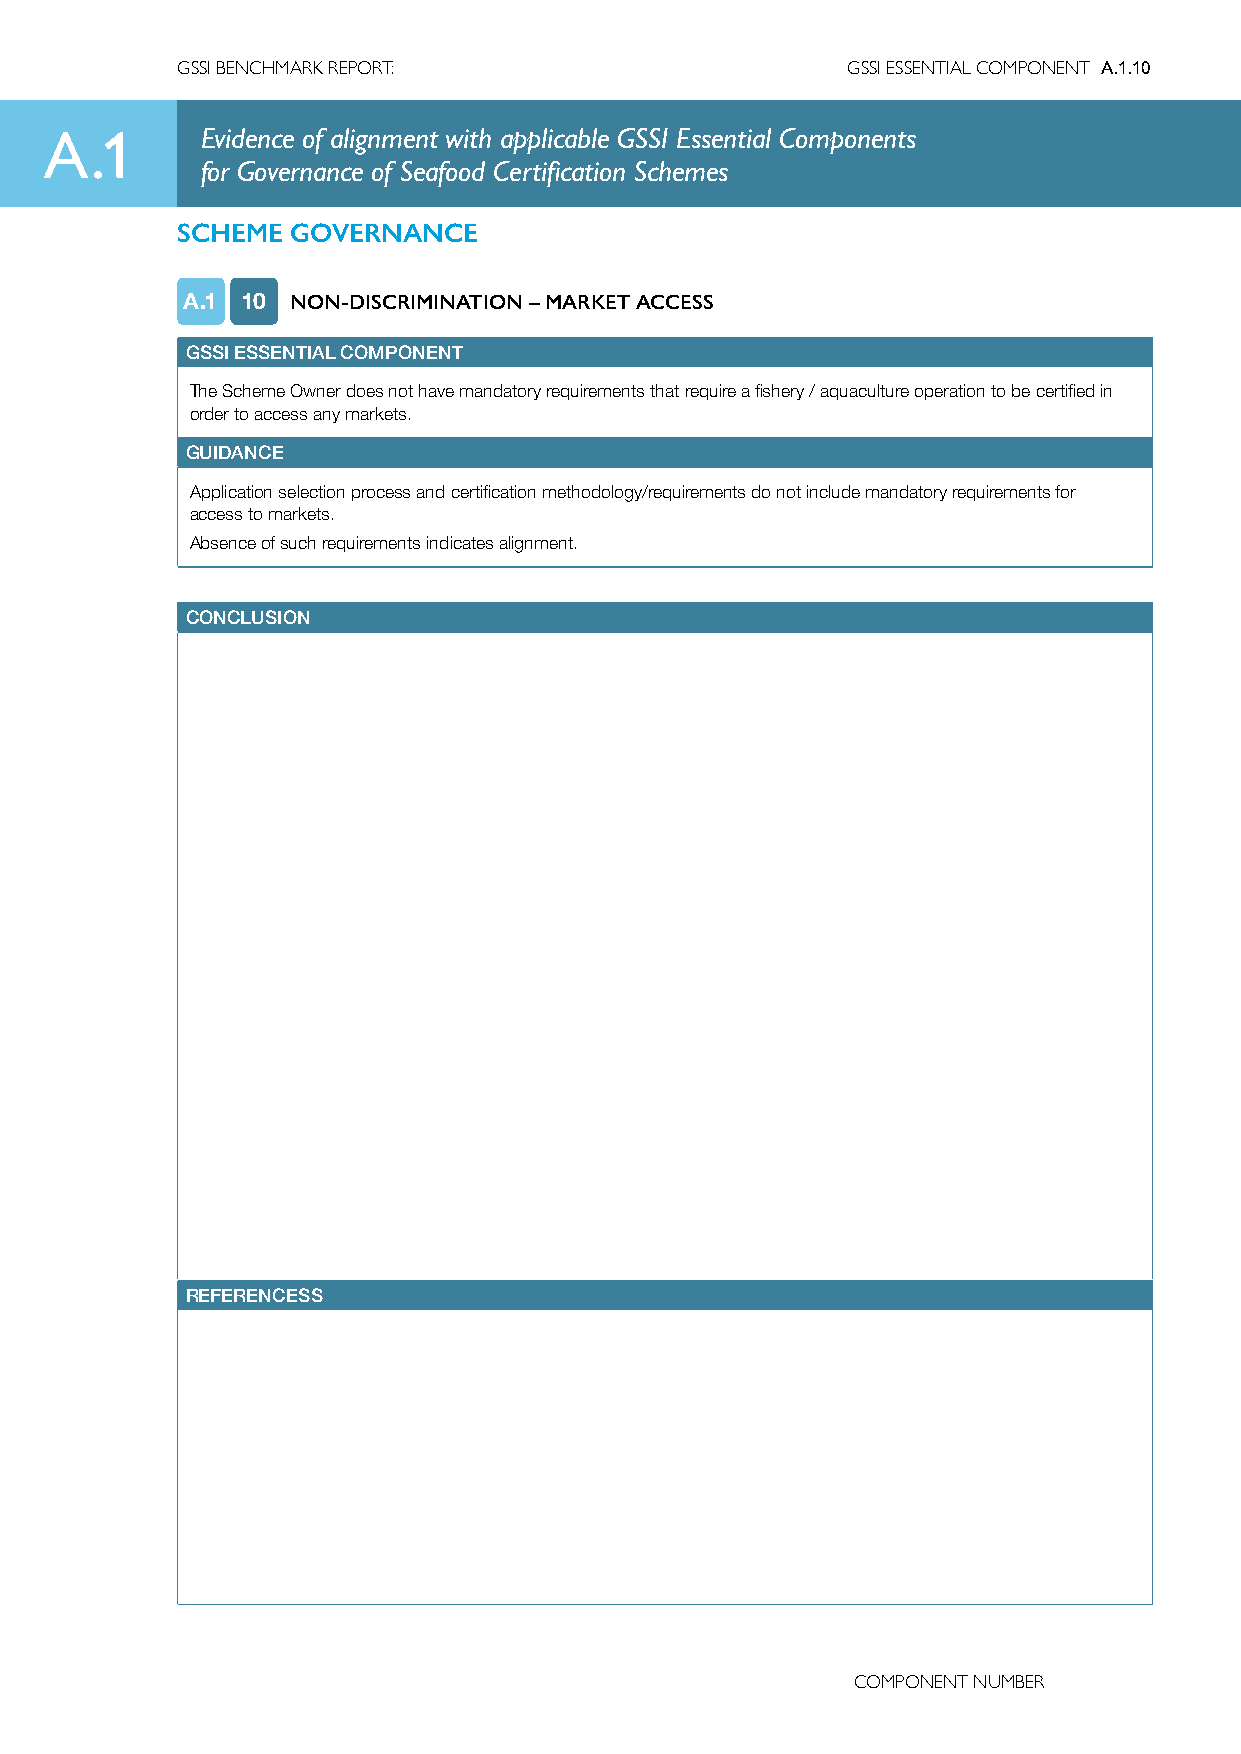
GSSI BENCHMARK REPORT:                      GSSI ESSENTIAL COMPONENT A.1.10
 A.1       Evidence of alignment with applicable GSSI Essential Components
 for Governance of Seafood Certification Schemes
 SCHEME GOVERNANCE
 A.1 10 NON-DISCRIMINATION – MARKET ACCESS
 GSSI ESSENTIAL COMPONENT
 The Scheme Owner does not have mandatory requirements that require a fishery / aquaculture operation to be certified in
 order to access any markets.
 GUIDANCE
 Application selection process and certification methodology/requirements do not include mandatory requirements for
 access to markets.
 Absence of such requirements indicates alignment.
 CONCLUSION
 REFERENCESS
 COMPONENT NUMBER